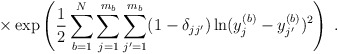
\begin{align*}\times \exp \left( \frac{1}{2}\sum_{b=1}^N \sum_{j=1}^{m_b}\sum_{j^\prime=1}^{m_{b}}(1-\delta_{j j^\prime})\ln (y^{(b)}_j - y^{(b)}_{j^\prime})^2 \right) \; .\end{align*}